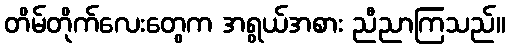
တိမ်တိုက်လေးတွေက အရွယ်အစား ညီညာကြသည်။